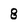
Character: 8